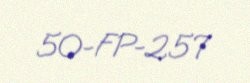
50-FP-257